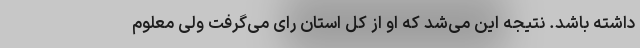
داشته باشد. نتیجه این می‌شد که او از کل استان رای می‌گرفت ولی معلوم